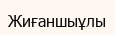
Жиғаншыұлы